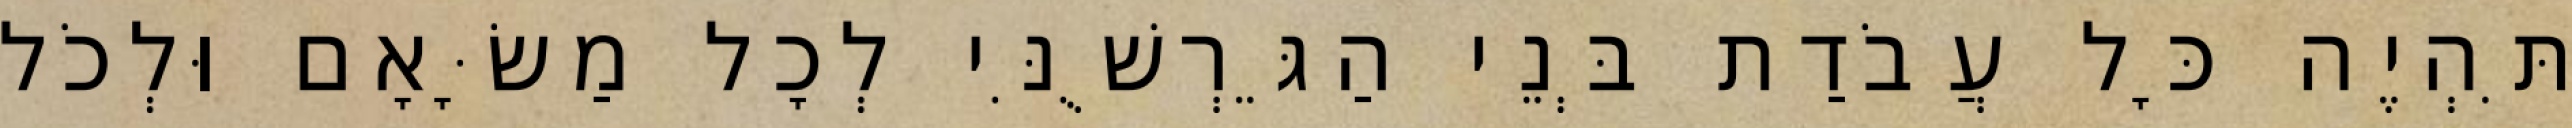
תִּהְיֶה כָּל עֲבֹדַת בְּנֵי הַגֵּרְשֻׁנִּי לְכָל מַשָּׂאָם וּלְכֹל